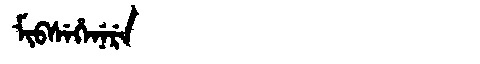
Manchu: ᠮᡳᠪᠰᡝᡥᡝᠨᡝᡵᡝ
Romanization: MIBSEHENERE